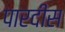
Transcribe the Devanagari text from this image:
पारदीस